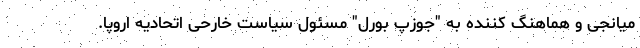
میانجی و هماهنگ کننده به "جوزپ بورل" مسئول سیاست خارحی اتحادیه اروپا.